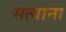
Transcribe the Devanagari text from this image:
सत्याना